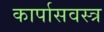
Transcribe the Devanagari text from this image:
कार्पासवस्त्र